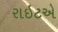
રાઇટએ